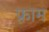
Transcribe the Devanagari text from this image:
फ़्राम